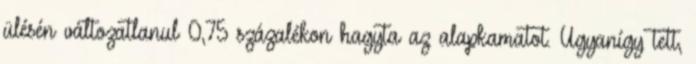
ülésén változatlanul 0,75 százalékon hagyta az alapkamatot. Ugyanígy tett,